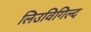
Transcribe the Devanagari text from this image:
लिउविगिल्द